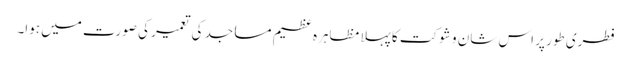
فطری طور پر اس شان و شوکت کا پہلا مظاہرہ عظیم مساجد کی تعمیر کی صورت میں ہوا۔